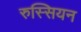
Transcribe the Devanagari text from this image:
रुस्सियन